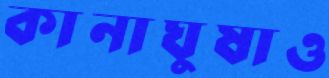
কানাঘুষাও